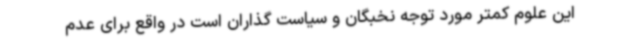
این علوم کمتر مورد توجه نخبگان و سیاست گذاران است در واقع برای عدم